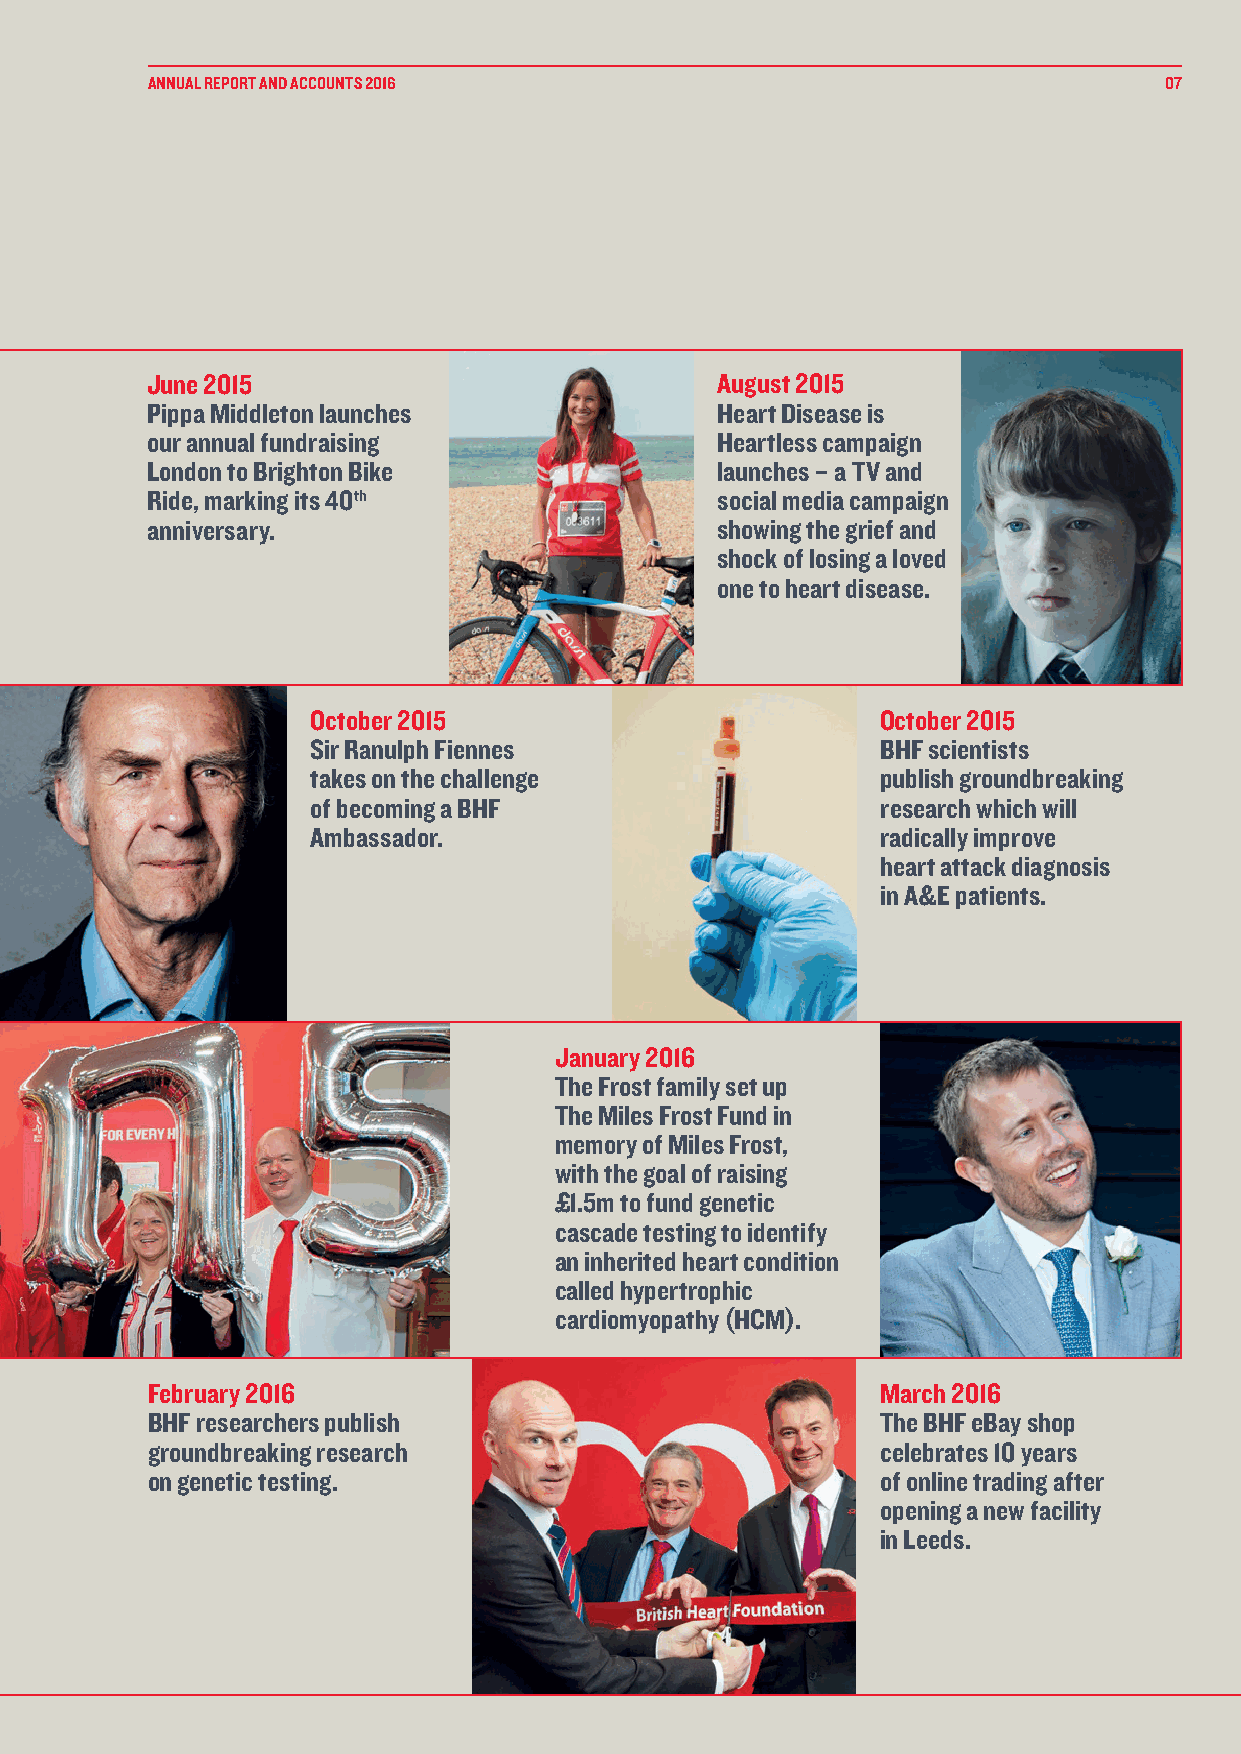
ANNUAL REPORT AND ACCOUNTS 2016                                    07
 June 2015                            August 2015
 Pippa Middleton launches             Heart Disease is
 our annual fundraising               Heartless campaign
 London to Brighton Bike              launches – a TV and
 Ride, marking its 40th               social media campaign
 anniversary.                         showing the grief and
 shock of losing a loved
 one to heart disease.
 October 2015                         October 2015
 Sir Ranulph Fiennes                  BHF scientists
 takes on the challenge               publish groundbreaking
 of becoming a BHF                    research which will
 Ambassador.                          radically improve
 heart attack diagnosis
 in A&E patients.
 January 2016
 The Frost family set up
 The Miles Frost Fund in
 memory of Miles Frost,
 with the goal of raising
 £1.5m to fund genetic
 cascade testing to identify
 an inherited heart condition
 called hypertrophic
 cardiomyopathy (HCM).
 February 2016                                   March 2016
 BHF researchers publish                         The BHF eBay shop
 groundbreaking research                         celebrates 10 years
 on genetic testing.                             of online trading after
 opening a new facility
 in Leeds.